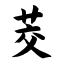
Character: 茭